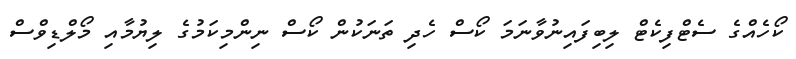
ކޯހެއްގެ ސެޓްފިކެޓް ލިބިފައިނުވާނަމަ ކޯސް ހެދި ތަނަކުން ކޯސް ނިންމިކަމުގެ ލިޔުމާއި މޯލްޑިވްސް